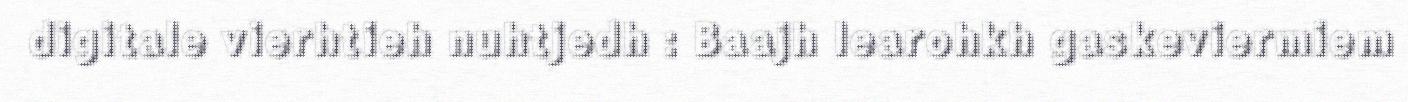
digitale vierhtieh nuhtjedh : Baajh learohkh gaskeviermiem